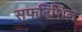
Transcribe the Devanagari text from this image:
स्फटिशिल